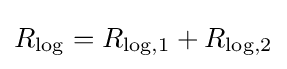
R_{\mathrm {log} }=R_{\mathrm {log} ,1}+R_{\mathrm {log} ,2}